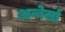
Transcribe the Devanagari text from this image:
अन्वेर्सा